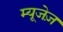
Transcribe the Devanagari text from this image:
म्यूजेज़